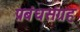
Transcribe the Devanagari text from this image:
प्रबंधसंग्रह